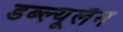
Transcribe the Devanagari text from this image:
डब्ल्यूलैन